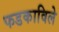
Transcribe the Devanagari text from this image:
फडकाविले